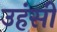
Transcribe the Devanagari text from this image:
उहंसी